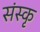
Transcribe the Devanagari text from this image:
संस्कृ